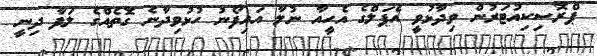
ޕްރޮސިކިއުޓަރުން ވިދާޅުވީ އެޕަލްގެ އެހީއާ ނުލާ އައިފޯނު ހުޅުވިދާނެ ގޮތެއްގެ ލަފާ ދިނީ